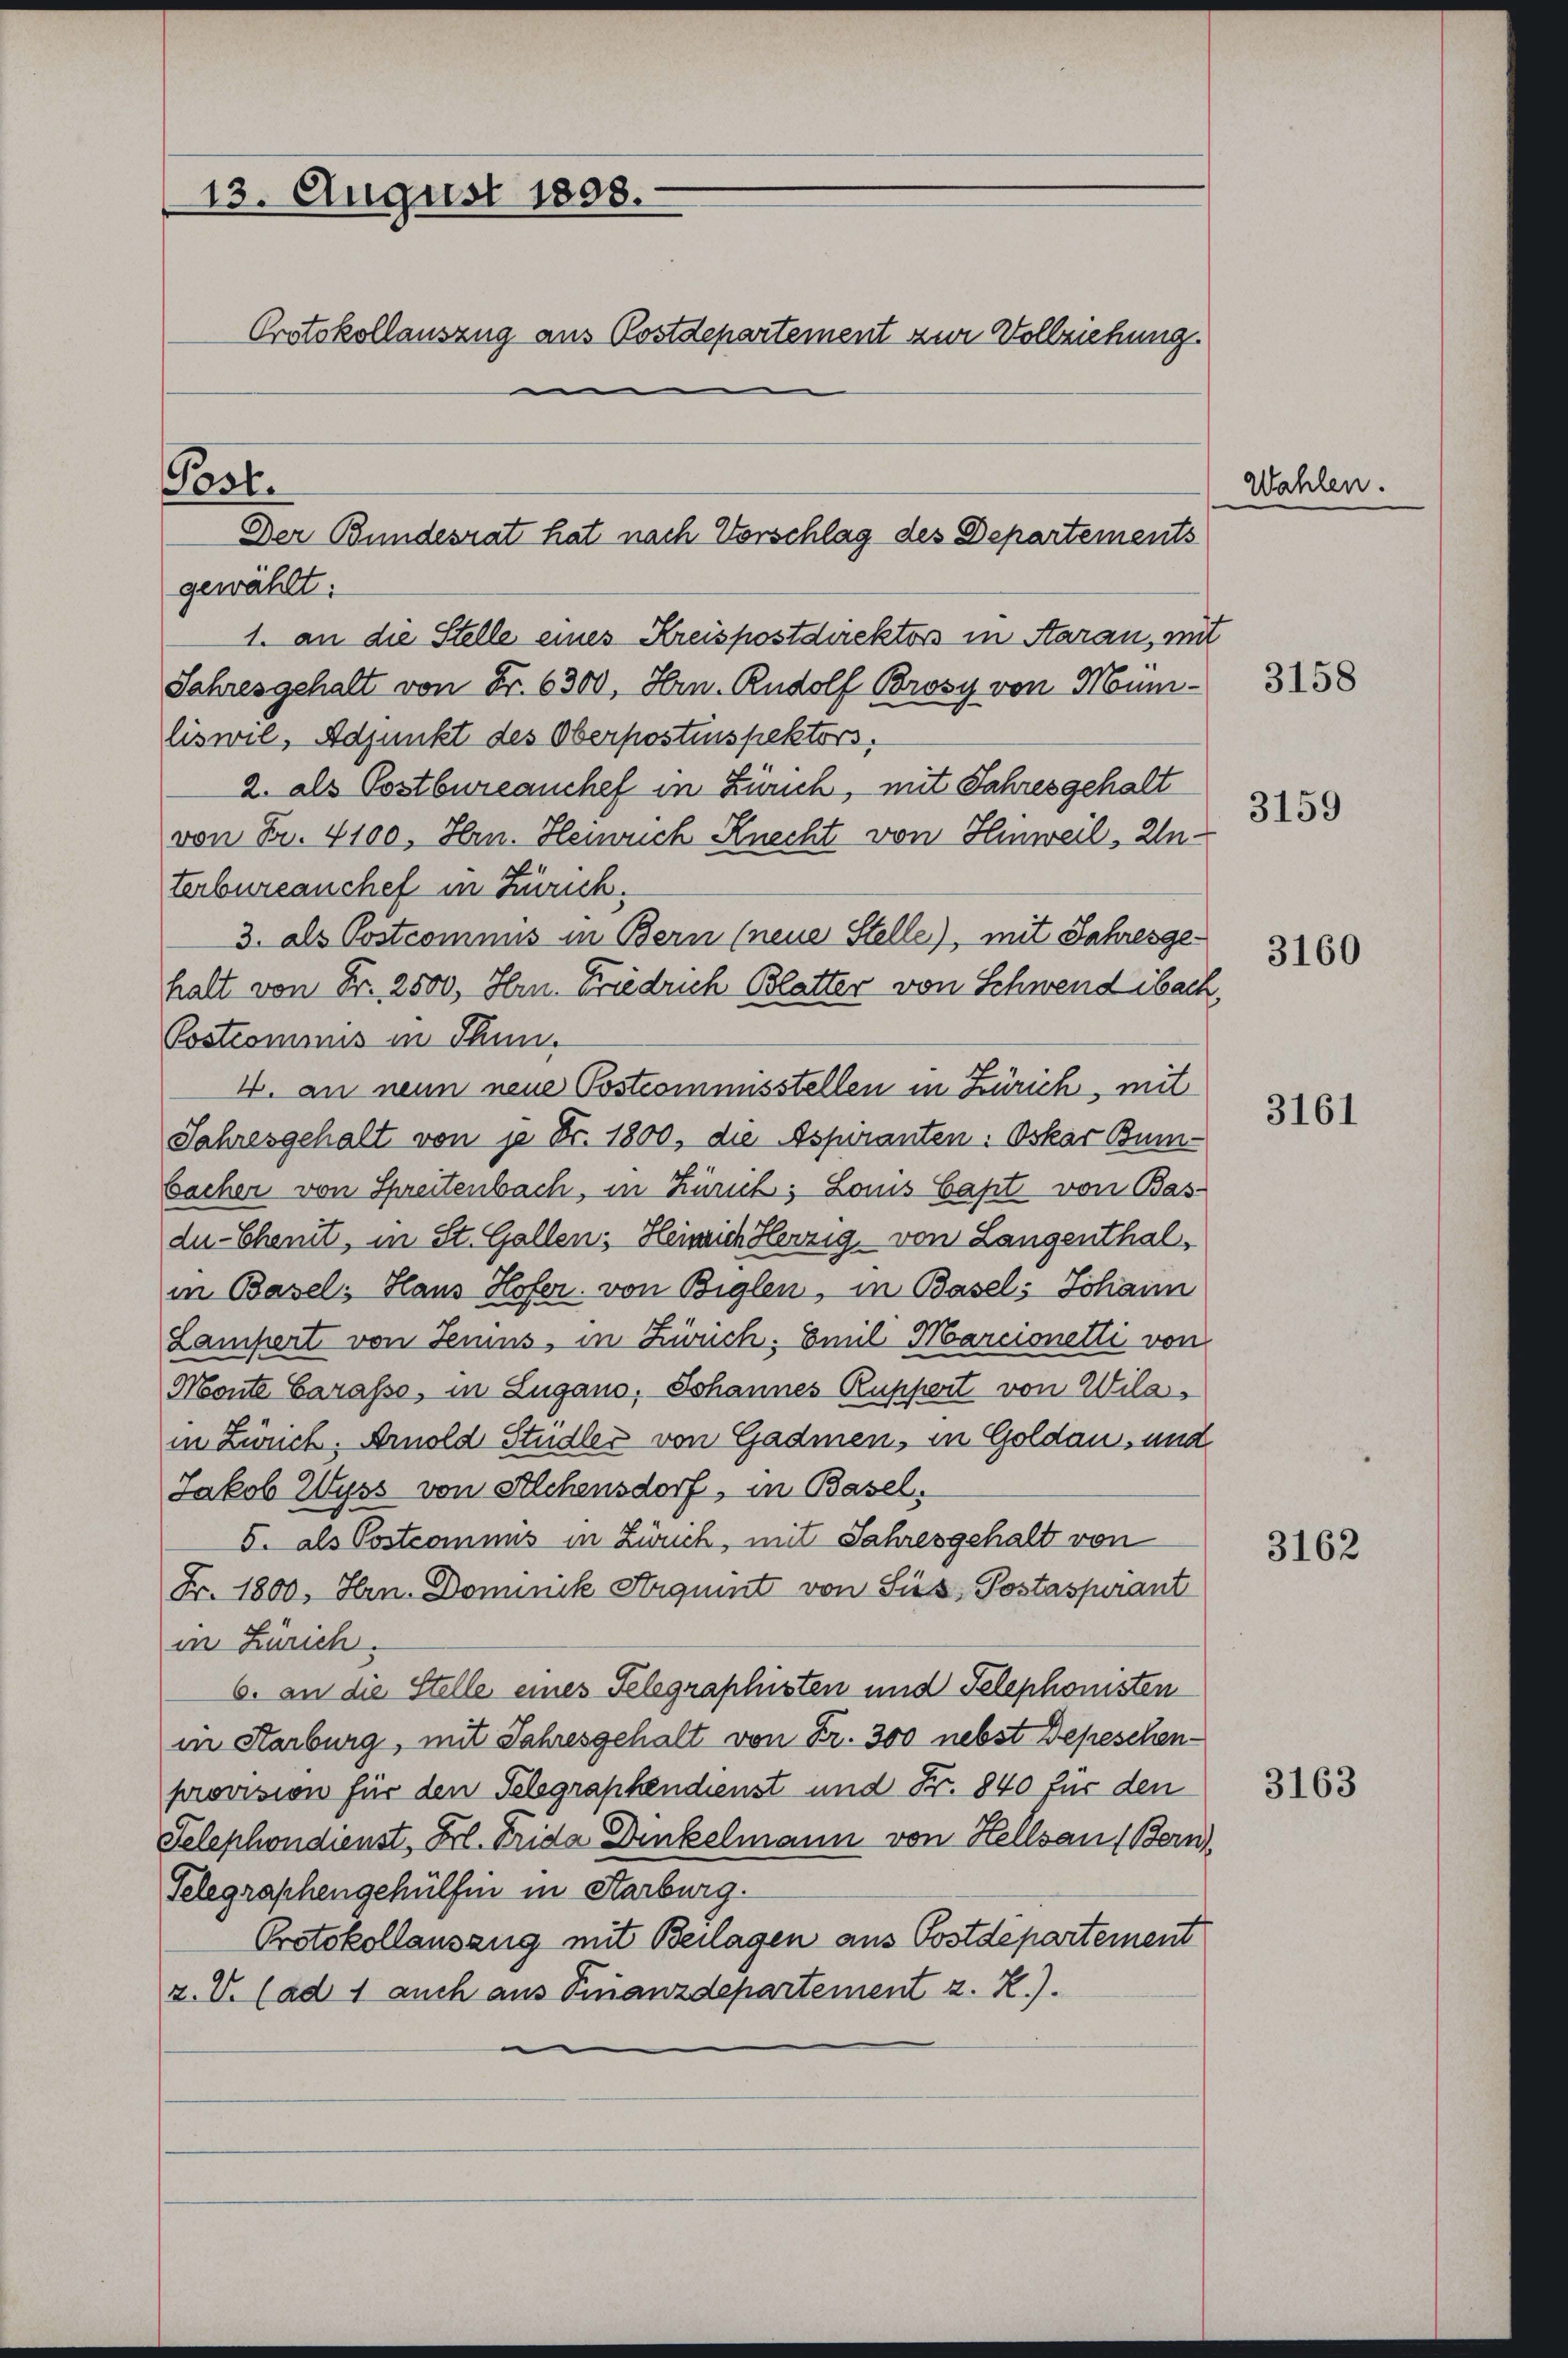
13. August 1808.
Protokollauszug aus Postdepartement zur Vollziehung.

Post.
Der Bundesrat hat nach Vorschlag des Departements

gewählt:
1. an die Stelle eines Kreispostdirektors in Aarau, mit
Jahresgehalt von Fr. 6300, Hrn. Rudolf Brosy von Muni-
liswil, Adjunkt des Oberpostenspektors.
2. als Postbureauchef in Zürich, mit Jahresgehalt
von Fr. 4100, Hrn. Henruch Knecht von Hinweil, Unterbureanchef in Zürich.
3. als Postcommis in Bern (neue Stelle), mit Jahresgehalt von Fr. 2500, Hrn. Friedrich Blatter von Schwend ibach
Postcommis in Thun.
4. an neun neue Postcommisstellen in Zürich, mit
Jahresgehalt von je Fr. 1800, die Aspiranten: Oskar Bunbacher von Spreitenbach, in Zürich; Lonis Capt von Bas-
du- Chemit, in St. Gallen: Heinrich Herzig, von Langenthalin Basel, Haus Hofer, von Biglen, in Basel, Johann
Lampert von Semins, in Zürich. Emil Marcionetti von
Monte Carasso, in Zugano, Johannes Ruppert von Wildin Zürich. Arnold Studler von Gadmen, in Goldau, und
Jakob Wyss von Alchensdorf, in Basel.
5. als Postcommis in Zürich, mit Jahresgehalt von
Fr. 1800, Hrn. Dominik Arquint von Sie, Postaspirant
in Zürich.
6. an die Stelle eines Telegraphisten und Telephonisten
in Starburg, mit Jahresgehalt von Fr. 300 nebst Depeschenprovision für den Telegraphendienst und Fr. 840 für den
Telephondienst, Frl. Frida Dinkelmann von Hellsau (Bern
Telegraphengehülfe in Karburg.
Protokollauszug mit Beilagen aus Postdepartement
z. V. (ad 1 auch aus Finanzdepartement z. R.).

Wahlen.

3158

3159

3160

3161

3162

3163